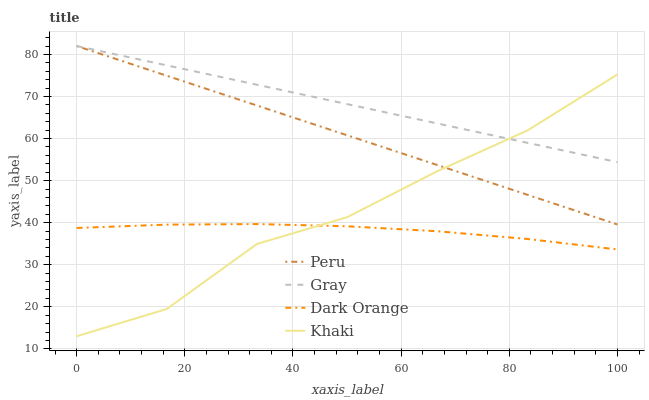
| xaxis_label | Peru | Gray | Dark Orange | Khaki |
 | --- | --- | --- | --- | --- |
 | 0 | 82 | 82 | 38.7 | 13 |
 | 16.7 | 74.9 | 77.4 | 39.5 | 19.5 |
 | 33.3 | 67.9 | 72.8 | 39.7 | 34.9 |
 | 50 | 60.8 | 68.2 | 39.1 | 41.3 |
 | 66.7 | 53.7 | 63.6 | 38 | 52.2 |
 | 83.3 | 46.6 | 59 | 36.1 | 61.9 |
 | 100 | 39.6 | 54.4 | 33.6 | 75.2 |